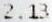
2.13